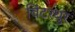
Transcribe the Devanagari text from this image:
विंटरथुर